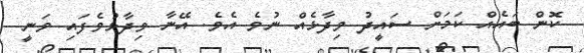
ކޮން ބައެއް ކަމަށް ސައީދު ވިދާޅެއް ނުވެ އެވެ. އޭނާ ވިދާޅުވެފައި ވަނީ